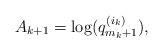
LaTeX: \begin{align*}A_{k + 1} = \log(q_{m_k + 1}^{(i_k)}),\end{align*}